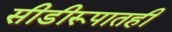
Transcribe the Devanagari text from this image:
सीडीरूपातही